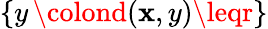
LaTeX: \{ y\, \colond(\mathbf{x},y)\leqr\}